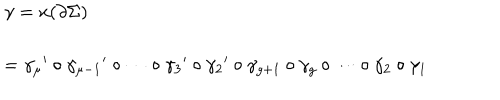
\left. \begin{array} { l } { { \gamma = x ( \partial \Sigma ) } } \\ { { \hspace { 3 m m } = { \gamma _ { \mu } } ^ { \prime } \circ { \gamma _ { \mu - 1 } } ^ { \prime } \circ \cdots \circ { \gamma _ { 3 } } ^ { \prime } \circ { \gamma _ { 2 } } ^ { \prime } \circ \gamma _ { g + 1 } \circ \gamma _ { g } \circ \cdots \circ \gamma _ { 2 } \circ \gamma _ { 1 } } } \\ \end{array} \right.